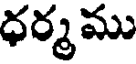
ధర్మము